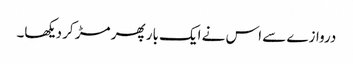
دروازے سے اس نے ایک بار پھر مڑ کر دیکھا۔